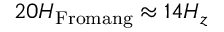
2 0 H _ { \mathrm { F r o m a n g } } \approx 1 4 H _ { z }